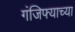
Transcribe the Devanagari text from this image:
गंजिफ्याच्या